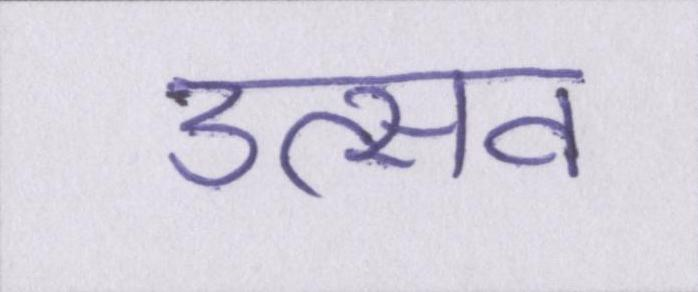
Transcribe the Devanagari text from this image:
उत्सव